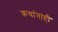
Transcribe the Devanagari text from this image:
कथांनाही